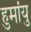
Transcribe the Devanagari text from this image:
हुमांयु